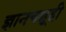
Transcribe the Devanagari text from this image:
ज्ञानचक्षूही